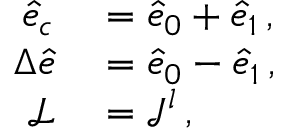
\begin{array} { r l } { \hat { e } _ { c } } & { { } = \hat { e } _ { 0 } + \hat { e } _ { 1 } \, , } \\ { \Delta \hat { e } } & { { } = \hat { e } _ { 0 } - \hat { e } _ { 1 } \, , } \\ { \mathcal { L } } & { { } = \mathcal { J } ^ { l } \, , } \end{array}